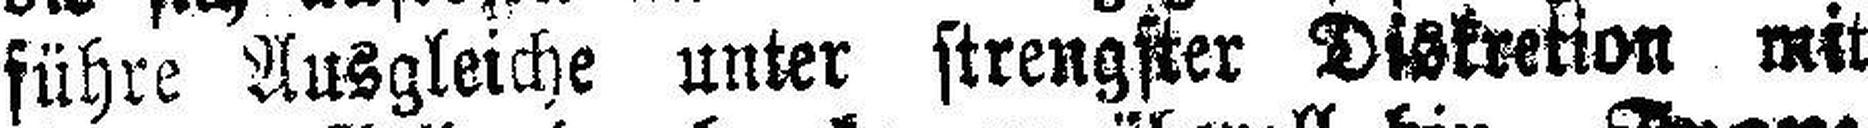
führe Ausgleiche unter strengster Diskretion mit